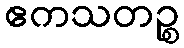
ဧကသတဉ္စ